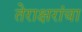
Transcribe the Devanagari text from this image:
तेराक्षरांचा